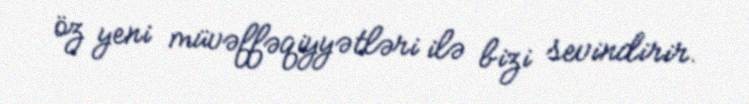
öz yeni müvəffəqiyyətləri ilə bizi sevindirir.